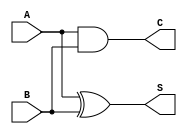
module CurrentModeHalfAdder (
    input wire A,    // First input bit (current signal)
    input wire B,    // Second input bit (current signal)
    output wire S,   // Sum output (current signal)
    output wire C    // Carry output (current signal)
);

// Assign the Sum output using XOR logic
assign S = A ^ B; // Sum: A XOR B

// Assign the Carry output using AND logic
assign C = A & B; // Carry: A AND B

endmodule